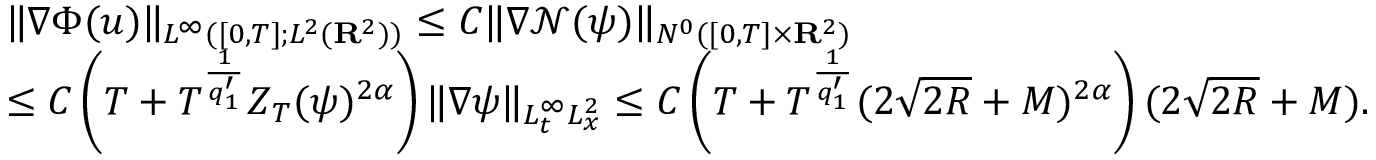
\begin{array} { r l } & { \| \nabla \Phi ( u ) \| _ { L ^ { \infty } ( [ 0 , T ] ; L ^ { 2 } ( { \mathbf R } ^ { 2 } ) ) } \leq C \| \nabla \mathcal { N } ( \psi ) \| _ { N ^ { 0 } ( [ 0 , T ] \times { \mathbf R } ^ { 2 } ) } } \\ & { \leq C \left( T + T ^ { \frac { 1 } { q _ { 1 } ^ { \prime } } } Z _ { T } ( \psi ) ^ { 2 \alpha } \right) \| \nabla \psi \| _ { L _ { t } ^ { \infty } L _ { x } ^ { 2 } } \leq C \left( T + T ^ { \frac { 1 } { q _ { 1 } ^ { \prime } } } ( 2 \sqrt { 2 R } + M ) ^ { 2 \alpha } \right) ( 2 \sqrt { 2 R } + M ) . } \end{array}